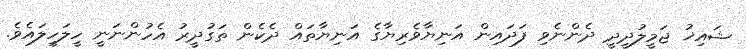
ޝައިޚު ޖަމީލުދީދީ ދެންނެވި ފަދައިން އަނިޔާވެރިޔާގެ އަނިޔާތައް ދެކެން ތަގުދީރު އެހުންނަނީ ހީލަހީލައެވެ.